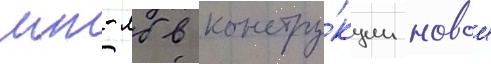
мт-лб в констру́кции новои